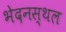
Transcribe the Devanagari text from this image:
भेदनस्थल